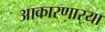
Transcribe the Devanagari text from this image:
आकारणार्‍या